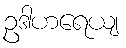
ဥဒါဟရေယျ